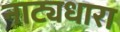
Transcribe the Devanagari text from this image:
नाट्यधारा